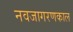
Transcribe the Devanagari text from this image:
नवजागरणकाल